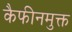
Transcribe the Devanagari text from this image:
कैफीनमुक्त